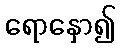
ရောနှော၍